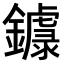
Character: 𨮦